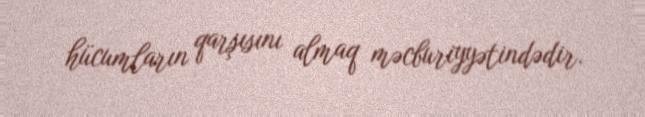
hücumların qarşısını almaq məcburiyyətindədir.